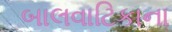
બાલવાટિકાના